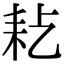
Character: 𦓪